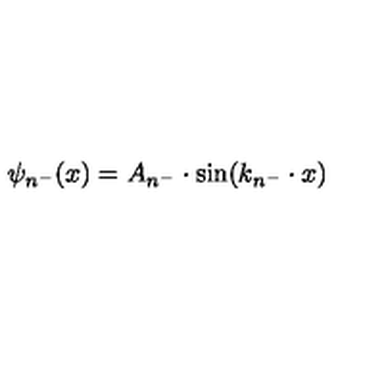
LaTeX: \psi _ { n ^ { - } } ( x ) = A _ { n ^ { - } } \cdot \mathrm { s i n } ( k _ { n ^ { - } } \cdot x )